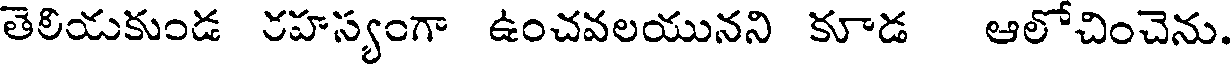
తెలియకుండ రహస్యంగా ఉంచవలయునని కూడ ఆలోచించెను.